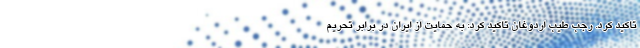
تاکید کرد. رجب طیب اردوغان تاکید کرد: به حمایت از ایران در برابر تحریم